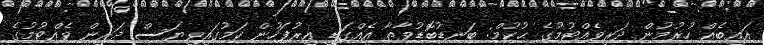
އައިބެއް ހުރުމުން ދަރިވެއްޓުމުގެ ޙުކުމް: ބަނޑުބޮޑުވާތާ އެއްގަޑި އިރުފަހުން ކަމުގައިވިޔަސް ދަރިން ވެއްޓުމުގެ